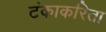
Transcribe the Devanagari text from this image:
टंकाकरिता